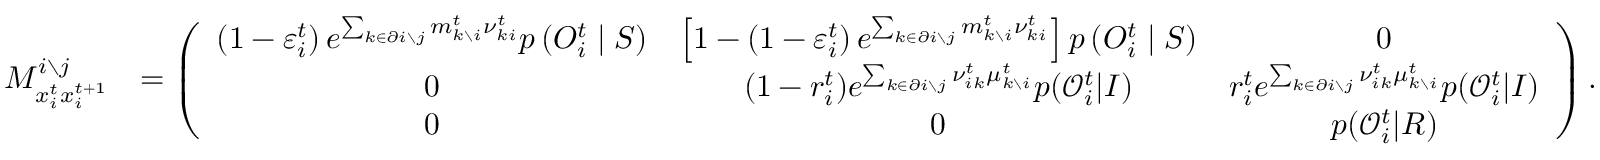
\begin{array} { r l } { M _ { x _ { i } ^ { t } x _ { i } ^ { t + 1 } } ^ { i \setminus j } } & { = \left( \begin{array} { c c c } { \left( 1 - \varepsilon _ { i } ^ { t } \right) e ^ { \sum _ { k \in \partial i \setminus j } m _ { k \setminus i } ^ { t } { \nu } _ { k i } ^ { t } } p \left( O _ { i } ^ { t } \mid S \right) } & { \left[ 1 - \left( 1 - \varepsilon _ { i } ^ { t } \right) e ^ { \sum _ { k \in \partial i \setminus j } m _ { k \setminus i } ^ { t } { \nu } _ { k i } ^ { t } } \right] p \left( O _ { i } ^ { t } \mid S \right) } & { 0 } \\ { 0 } & { ( 1 - r _ { i } ^ { t } ) e ^ { \sum _ { k \in \partial i \setminus j } \nu _ { i k } ^ { t } \mu _ { k \setminus i } ^ { t } } p ( \mathcal { O } _ { i } ^ { t } | I ) } & { r _ { i } ^ { t } e ^ { \sum _ { k \in \partial i \setminus j } \nu _ { i k } ^ { t } \mu _ { k \setminus i } ^ { t } } p ( \mathcal { O } _ { i } ^ { t } | I ) } \\ { 0 } & { 0 } & { p ( \mathcal { O } _ { i } ^ { t } | R ) } \end{array} \right) . } \end{array}